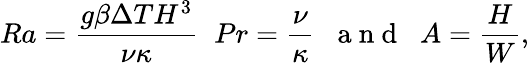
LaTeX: Ra=\frac{g\beta\Delta TH^{3}}{\nu\kappa}\; \; Pr=\frac{\nu}{\kappa}\; \; \mathrm{~a~n~d~}\; \; A=\frac{H}{W},